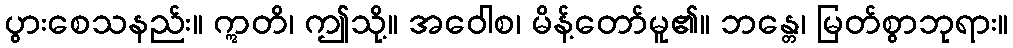
ပွားစေသနည်း။ ဣတိ၊ ဤသို့။ အဝေါစ၊ မိန့်တော်မူ၏။ ဘန္တေ၊ မြတ်စွာဘုရား။